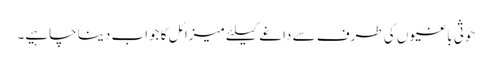
حوثی باغیوں کی طرف سے داغے کیلئے میزائل کا جواب دینا چاہیے۔